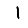
Digit: 1